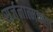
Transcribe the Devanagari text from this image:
सर्जनात्‍मकता